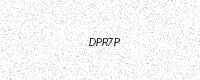
Text: DPR7P